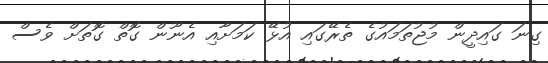
ގިނަ ގައިދީން މުޖުތަމައުގެ ތެރޭގައި އުޅޭ ކަމަށާއި އެނޫން ގޮތް ގޮތަށް ވެސް